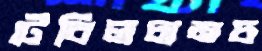
টেবিলচামচ